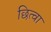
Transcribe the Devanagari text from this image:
छित्वा